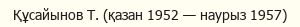
Құсайынов Т. (қазан 1952 — наурыз 1957)